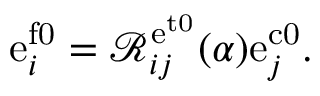
\mathrm { e } _ { i } ^ { \mathrm { f 0 } } = \mathcal { R } _ { i j } ^ { \mathrm { e } ^ { \mathrm { t 0 } } } ( \alpha ) \mathrm { e } _ { j } ^ { \mathrm { c 0 } } .